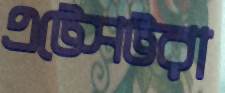
এটেসটরা